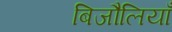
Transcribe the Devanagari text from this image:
बिजौलियाँ